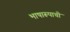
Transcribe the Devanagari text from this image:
भाषारूपाची